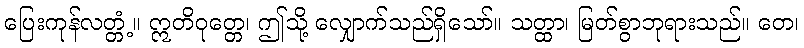
ပြေးကုန်လတ္တံ့။ ဣတိဝုတ္တေ၊ ဤသို့ လျှောက်သည်ရှိသော်။ သတ္ထာ၊ မြတ်စွာဘုရားသည်။ တေ၊